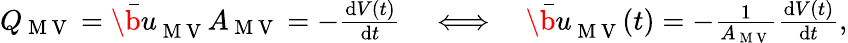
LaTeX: \begin{array}{r}{Q_{\mathrm{~M~V~}}=\bar{\b u}_{\mathrm{~M~V~}}A_{\mathrm{~M~V~}}=-\frac{\mathrm{d}V(t)}{\mathrm{d}t}\quad\Longleftrightarrow\quad\bar{\b u}_{\mathrm{~M~V~}}(t)=-\frac{1}{A_{\mathrm{~M~V~}}}\frac{\mathrm{d}V(t)}{\mathrm{d}t},}\end{array}